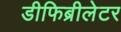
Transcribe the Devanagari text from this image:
डीफिब्रीलेटर